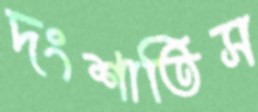
দংশাতিস